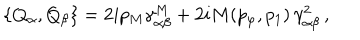
\{ Q _ { \alpha } , Q _ { \beta } \} = 2 i p _ { M } \gamma _ { \alpha \beta } ^ { M } + 2 i M ( p _ { \varphi } , p _ { 1 } ) \, \gamma _ { \alpha \beta } ^ { 2 } \, ,